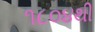
૧૮૦૪થી